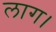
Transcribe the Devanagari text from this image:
लाग।